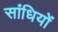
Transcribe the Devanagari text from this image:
सांधियों